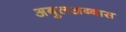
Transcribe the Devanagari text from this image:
अबुलअब्बास